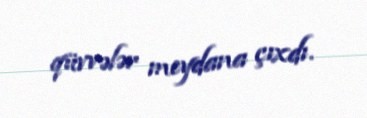
qüvvələr meydana çıxdı.